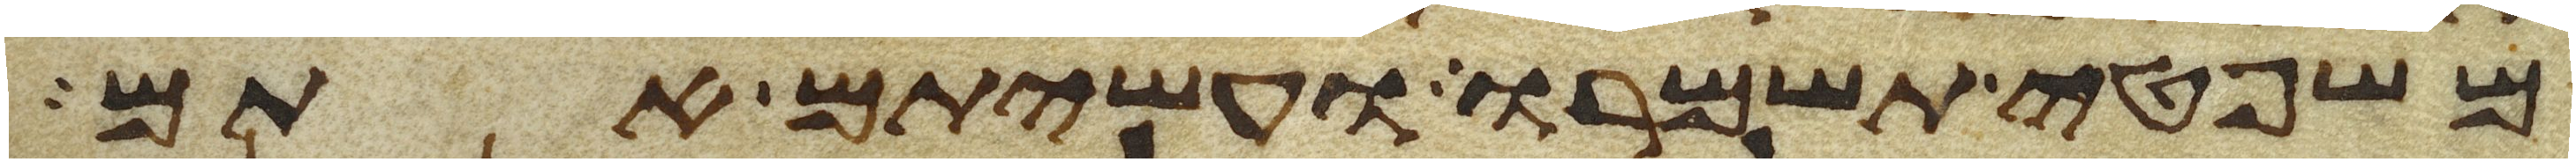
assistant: משפטי תשמרו ועשיתם אתם